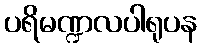
ပရိမဏ္ဍလပါရုပန